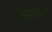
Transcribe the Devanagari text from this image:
विळंदेन